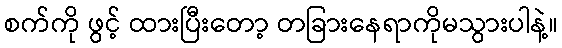
စက်ကို ဖွင့် ထားပြီးတော့ တခြားနေရာကိုမသွားပါနဲ့။